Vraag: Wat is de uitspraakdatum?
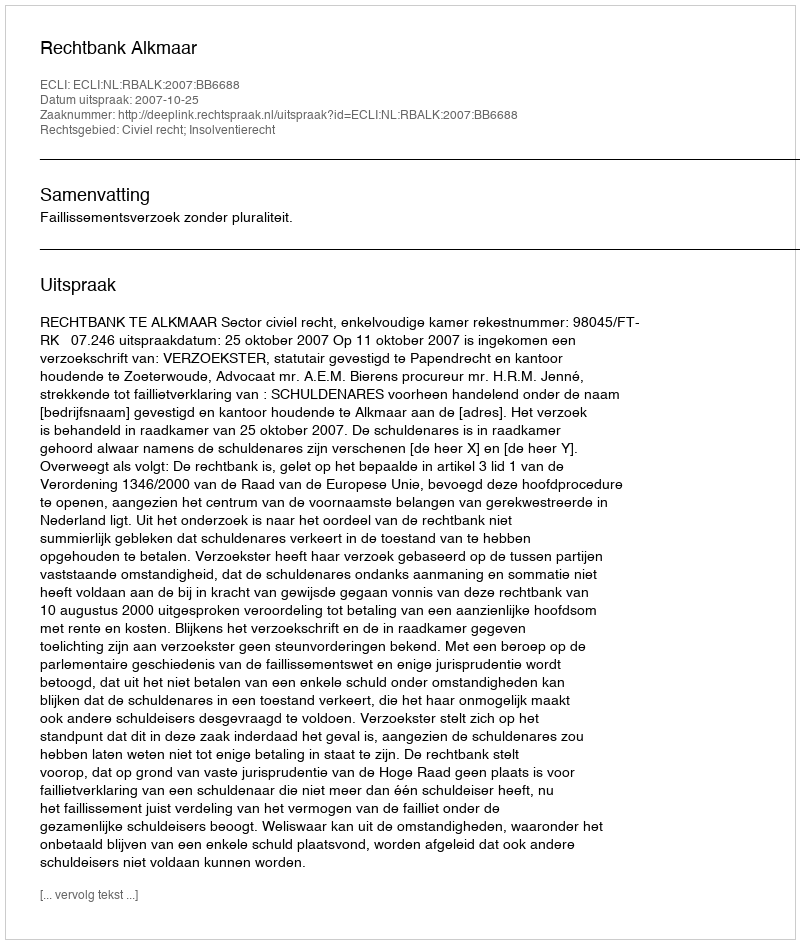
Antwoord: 2007-10-25